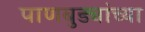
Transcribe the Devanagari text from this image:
पाणबुड्यांच्या